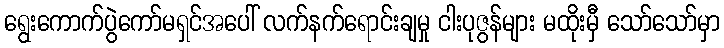
ရွေးကောက်ပွဲကော်မရှင်အပေါ် လက်နက်ရောင်းချမှု ငါးပုဇွန်များ မထိုးမှီ သော်သော်မှာ